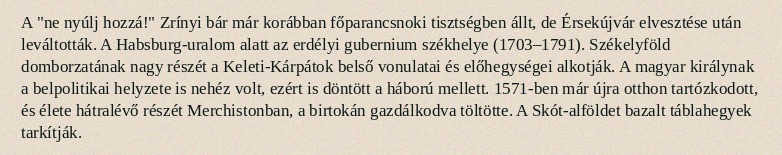
A "ne nyúlj hozzá!" Zrínyi bár már korábban főparancsnoki tisztségben állt, de Érsekújvár elvesztése után leváltották. A Habsburg-uralom alatt az erdélyi gubernium székhelye (1703–1791). Székelyföld domborzatának nagy részét a Keleti-Kárpátok belső vonulatai és előhegységei alkotják. A magyar királynak a belpolitikai helyzete is nehéz volt, ezért is döntött a háború mellett. 1571-ben már újra otthon tartózkodott, és élete hátralévő részét Merchistonban, a birtokán gazdálkodva töltötte. A Skót-alföldet bazalt táblahegyek tarkítják.